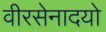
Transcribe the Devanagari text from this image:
वीरसेनादयो